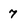
Character: 7